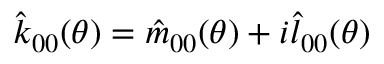
\hat { k } _ { 0 0 } ( \theta ) = \hat { m } _ { 0 0 } ( \theta ) + i \hat { l } _ { 0 0 } ( \theta )